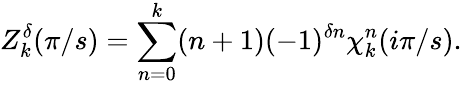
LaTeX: Z_{k}^{\delta}(\pi/s)=\sum_{n=0}^{k}(n+1)(-1)^{\delta n}\chi_{k}^{n}(i\pi/s).